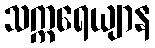
သက္ကရေယျာန